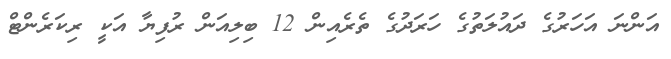
އަންނަ އަހަރުގެ ދައުލަތުގެ ހަރަދުގެ ތެރެއިން 12 ބިލިއަން ރުފިޔާ އަކީ ރިކަރެންޓް